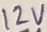
Text: 12V